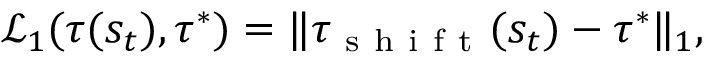
\mathcal { L } _ { 1 } ( \tau ( s _ { t } ) , \tau ^ { * } ) = \Vert \tau _ { \mathrm { ~ s ~ h ~ i ~ f ~ t ~ } } ( s _ { t } ) - \tau ^ { * } \Vert _ { 1 } ,